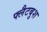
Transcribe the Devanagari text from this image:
फ्लैटबुश